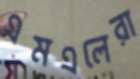
এমএলেরা